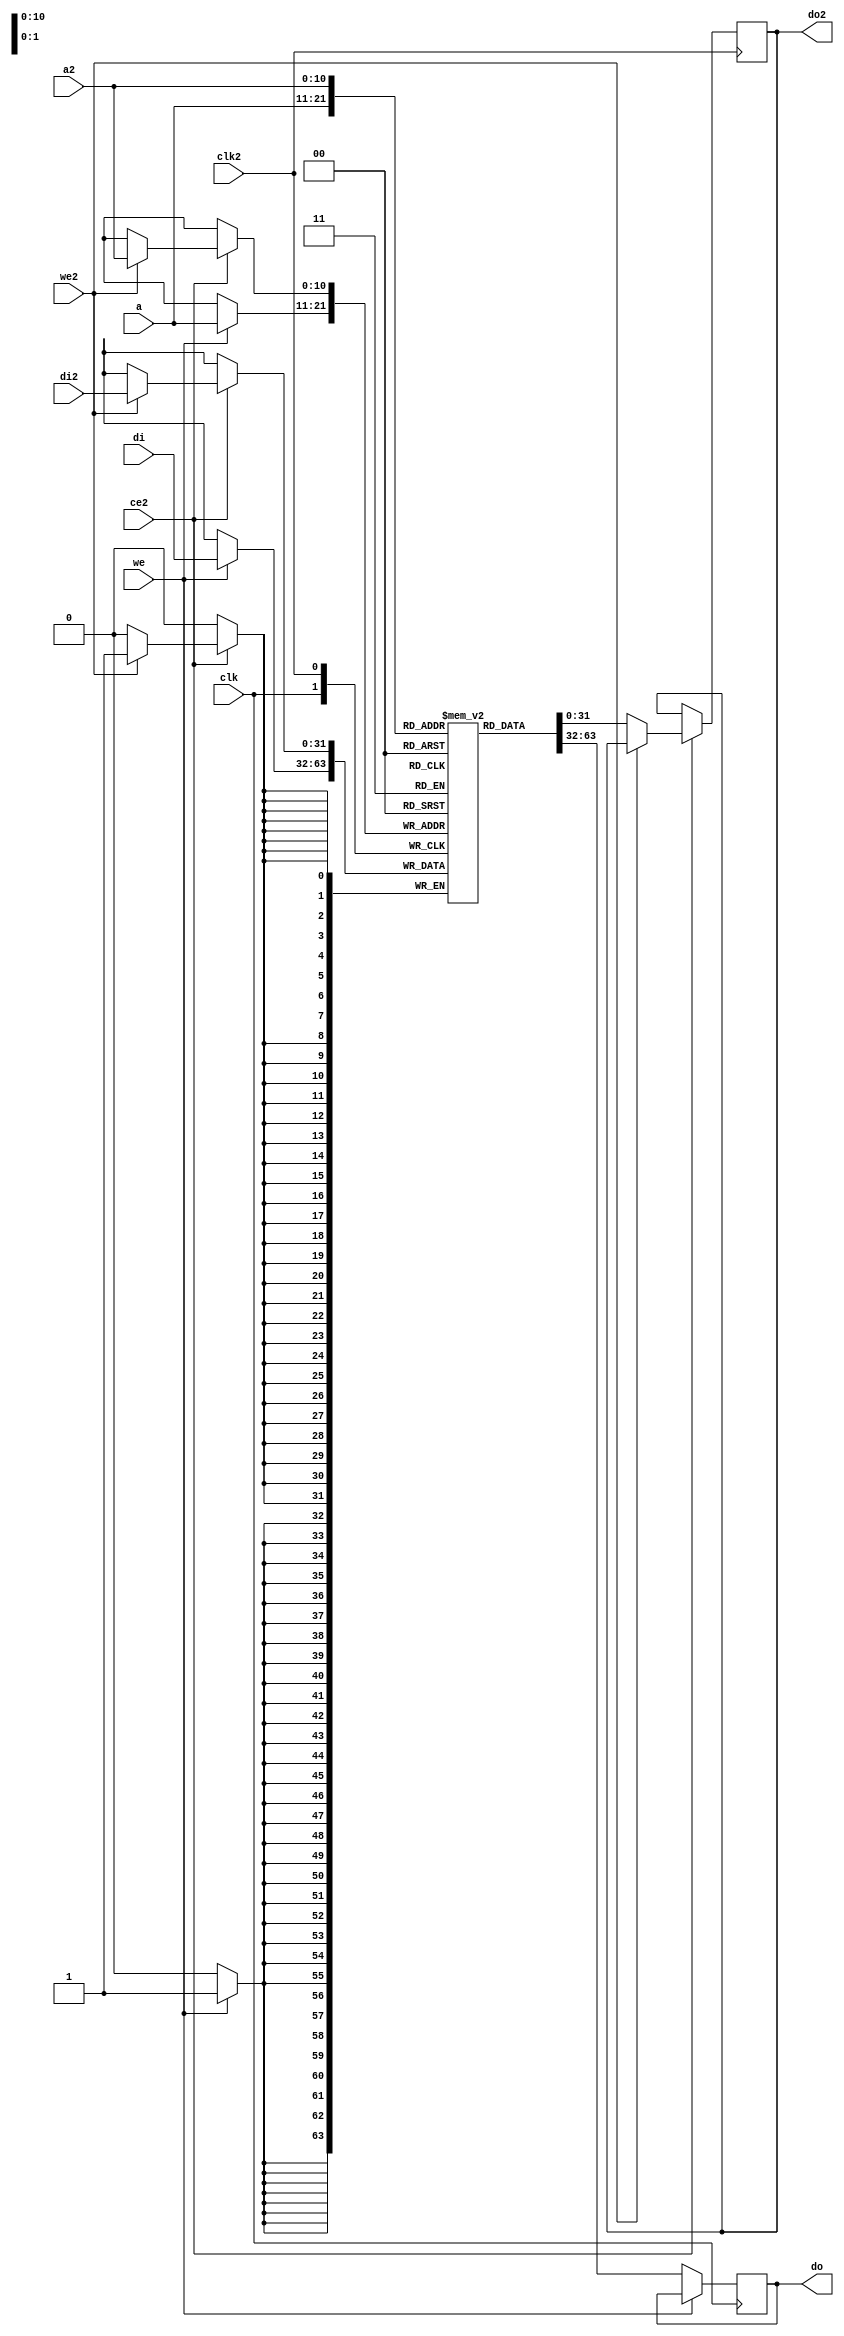
/*
 * Milkymist VJ SoC
 * Copyright (C) 2007, 2008, 2009, 2010 Sebastien Bourdeauducq
 *
 * This program is free software: you can redistribute it and/or modify
 * it under the terms of the GNU General Public License as published by
 * the Free Software Foundation, version 3 of the License.
 *
 * This program is distributed in the hope that it will be useful,
 * but WITHOUT ANY WARRANTY; without even the implied warranty of
 * MERCHANTABILITY or FITNESS FOR A PARTICULAR PURPOSE.  See the
 * GNU General Public License for more details.
 *
 * You should have received a copy of the GNU General Public License
 * along with this program.  If not, see <http://www.gnu.org/licenses/>.
 */

/* Double-port RAM with double write-capable port */

module softusb_dpram #(
	parameter depth = 11, /* < log2 of the capacity in words */
	parameter width = 32,
	parameter initfile = ""
) (
	input clk,
	input clk2,

	input [depth-1:0] a,
	input we,
	input [width-1:0] di,
	output reg [width-1:0] do,

	input ce2,
	input [depth-1:0] a2,
	input we2,
	input [width-1:0] di2,
	output reg [width-1:0] do2
);

reg [width-1:0] ram[0:(1 << depth)-1];

// synthesis translate_off
initial if(initfile != "") $readmemh(initfile, ram);
// synthesis translate_on

always @(posedge clk) begin
	if(we)
		ram[a] <= di;
	else
		do <= ram[a];
end

always @(posedge clk2) begin
	if(ce2) begin
		if(we2)
			ram[a2] <= di2;
		else
			do2 <= ram[a2];
	end
end

endmodule
/*
 * Milkymist VJ SoC
 * Copyright (C) 2007, 2008, 2009, 2010 Sebastien Bourdeauducq
 *
 * This program is free software: you can redistribute it and/or modify
 * it under the terms of the GNU General Public License as published by
 * the Free Software Foundation, version 3 of the License.
 *
 * This program is distributed in the hope that it will be useful,
 * but WITHOUT ANY WARRANTY; without even the implied warranty of
 * MERCHANTABILITY or FITNESS FOR A PARTICULAR PURPOSE.  See the
 * GNU General Public License for more details.
 *
 * You should have received a copy of the GNU General Public License
 * along with this program.  If not, see <http://www.gnu.org/licenses/>.
 */

module softusb_filter(
	input usb_clk,

	input rcv,
	input vp,
	input vm,

	output reg rcv_s,
	output reg vp_s,
	output reg vm_s
);

reg rcv_s0;
reg vp_s0;
reg vm_s0;
reg rcv_s1;
reg vp_s1;
reg vm_s1;

/* synchronizer */
always @(posedge usb_clk) begin
	rcv_s0 <= rcv;
	vp_s0 <= vp;
	vm_s0 <= vm;
	rcv_s <= rcv_s0;
	vp_s <= vp_s0;
	vm_s <= vm_s0;
end

/* glitch filter */
/*reg rcv_s2;
reg vp_s2;
reg vm_s2;
always @(posedge usb_clk) begin
	rcv_s2 <= rcv_s1;
	vp_s2 <= vp_s1;
	vm_s2 <= vm_s1;

	if(rcv_s2 == rcv_s1)
		rcv_s <= rcv_s2;
	if(vp_s2 == vp_s1)
		vp_s <= vp_s2;
	if(vm_s2 == vm_s1)
		vm_s <= vm_s2;
end*/

endmodule
/*
 * Milkymist VJ SoC
 * Copyright (C) 2007, 2008, 2009, 2010 Sebastien Bourdeauducq
 *
 * This program is free software: you can redistribute it and/or modify
 * it under the terms of the GNU General Public License as published by
 * the Free Software Foundation, version 3 of the License.
 *
 * This program is distributed in the hope that it will be useful,
 * but WITHOUT ANY WARRANTY; without even the implied warranty of
 * MERCHANTABILITY or FITNESS FOR A PARTICULAR PURPOSE.  See the
 * GNU General Public License for more details.
 *
 * You should have received a copy of the GNU General Public License
 * along with this program.  If not, see <http://www.gnu.org/licenses/>.
 */

module softusb_hostif #(
	parameter csr_addr = 4'h0
) (
	input sys_clk,
	input sys_rst,

	input usb_clk,
	output reg usb_rst,

	input [13:0] csr_a,
	input csr_we,
	input [31:0] csr_di,
	output reg [31:0] csr_do,

	output irq,

	input io_we,
	input [5:0] io_a
);

wire csr_selected = csr_a[13:10] == csr_addr;

reg usb_rst0;

always @(posedge sys_clk) begin
	if(sys_rst) begin
		usb_rst0 <= 1'b1;
		csr_do <= 1'b0;
	end else begin
		csr_do <= 1'b0;
		if(csr_selected) begin
			if(csr_we)
				usb_rst0 <= csr_di[0];
			csr_do <= usb_rst0;
		end
	end
end

/* Synchronize USB Reset to the USB clock domain */
reg usb_rst1;

always @(posedge usb_clk) begin
	usb_rst1 <= usb_rst0;
	usb_rst <= usb_rst1;
end

/* Generate IRQs */

reg irq_flip;
always @(posedge usb_clk) begin
	if(usb_rst)
		irq_flip <= 1'b0;
	else if(io_we && (io_a == 6'h15))
		irq_flip <= ~irq_flip;
end

reg irq_flip0;
reg irq_flip1;
reg irq_flip2;

always @(posedge sys_clk) begin
	irq_flip0 <= irq_flip;
	irq_flip1 <= irq_flip0;
	irq_flip2 <= irq_flip1;
end

assign irq = irq_flip1 != irq_flip2;

endmodule

/*
 * Milkymist VJ SoC
 * Copyright (C) 2007, 2008, 2009, 2010 Sebastien Bourdeauducq
 *
 * This program is free software: you can redistribute it and/or modify
 * it under the terms of the GNU General Public License as published by
 * the Free Software Foundation, version 3 of the License.
 *
 * This program is distributed in the hope that it will be useful,
 * but WITHOUT ANY WARRANTY; without even the implied warranty of
 * MERCHANTABILITY or FITNESS FOR A PARTICULAR PURPOSE.  See the
 * GNU General Public License for more details.
 *
 * You should have received a copy of the GNU General Public License
 * along with this program.  If not, see <http://www.gnu.org/licenses/>.
 */

module softusb_navre #(
	parameter pmem_width = 11, /* < in 16-bit instructions */
	parameter dmem_width = 13  /* < in bytes */
) (
	input clk,
	input rst,

	output reg pmem_ce,
	output [pmem_width-1:0] pmem_a,
	input [15:0] pmem_d,

	output reg dmem_we,
	output reg [dmem_width-1:0] dmem_a,
	input [7:0] dmem_di,
	output reg [7:0] dmem_do,

	output reg io_re,
	output reg io_we,
	output [5:0] io_a,
	output [7:0] io_do,
	input [7:0] io_di
);

/* Register file */
reg [pmem_width-1:0] PC;
reg [7:0] GPR[0:23];
reg [15:0] U;	/* < R24-R25 */
reg [15:0] pX;	/* < R26-R27 */
reg [15:0] pY;	/* < R28-R29 */
reg [15:0] pZ;	/* < R30-R31 */
reg T, H, S, V, N, Z, C;

/* Stack */
reg [7:0] io_sp;
reg [15:0] SP;
reg push;
reg pop;
always @(posedge clk) begin
	if(rst) begin
		io_sp <= 8'd0;
`ifndef REGRESS
		SP <= 16'd0;
`endif
	end else begin
		io_sp <= io_a[0] ? SP[7:0] : SP[15:8];
		if((io_a == 6'b111101) | (io_a == 6'b111110)) begin
			if(io_we) begin
				if(io_a[0])
					SP[7:0] <= io_do;
				else
					SP[15:8] <= io_do;
			end
		end
		if(push)
			SP <= SP - 16'd1;
		if(pop)
			SP <= SP + 16'd1;
	end
end

/* I/O mapped registers */

parameter IO_SEL_EXT	= 2'd0;
parameter IO_SEL_STACK	= 2'd1;
parameter IO_SEL_SREG	= 2'd2;

reg [1:0] io_sel;
always @(posedge clk) begin
	if(rst)
		io_sel <= IO_SEL_EXT;
	else begin
		case(io_a)
			6'b111101,
			6'b111110: io_sel <= IO_SEL_STACK;
			6'b111111: io_sel <= IO_SEL_SREG;
			default: io_sel <= IO_SEL_EXT;
		endcase
	end
end

/* Register operations */
wire immediate = (pmem_d[14]
	| (pmem_d[15:12] == 4'b0011))		/* CPI */
	& (pmem_d[15:10] != 6'b111111)		/* SBRC - SBRS */
	& (pmem_d[15:10] != 6'b111110);		/* BST - BLD */
reg lpm_en;
wire [4:0] Rd = lpm_en ? 5'd0 : {immediate | pmem_d[8], pmem_d[7:4]};
wire [4:0] Rr = {pmem_d[9], pmem_d[3:0]};
wire [7:0] K = {pmem_d[11:8], pmem_d[3:0]};
wire [2:0] b = pmem_d[2:0];
wire [11:0] Kl = pmem_d[11:0];
wire [6:0] Ks = pmem_d[9:3];
wire [1:0] Rd16 = pmem_d[5:4];
wire [5:0] K16 = {pmem_d[7:6], pmem_d[3:0]};
wire [5:0] q = {pmem_d[13], pmem_d[11:10], pmem_d[2:0]};

wire [7:0] GPR_Rd8 = GPR[Rd];
wire [7:0] GPR_Rr8 = GPR[Rr];
reg [7:0] GPR_Rd;
always @(*) begin
	case(Rd)
		default: GPR_Rd = GPR_Rd8;
		5'd24: GPR_Rd = U[7:0];
		5'd25: GPR_Rd = U[15:8];
		5'd26: GPR_Rd = pX[7:0];
		5'd27: GPR_Rd = pX[15:8];
		5'd28: GPR_Rd = pY[7:0];
		5'd29: GPR_Rd = pY[15:8];
		5'd30: GPR_Rd = pZ[7:0];
		5'd31: GPR_Rd = pZ[15:8];
	endcase
end
reg [7:0] GPR_Rr;
always @(*) begin
	case(Rr)
		default: GPR_Rr = GPR_Rr8;
		5'd24: GPR_Rr = U[7:0];
		5'd25: GPR_Rr = U[15:8];
		5'd26: GPR_Rr = pX[7:0];
		5'd27: GPR_Rr = pX[15:8];
		5'd28: GPR_Rr = pY[7:0];
		5'd29: GPR_Rr = pY[15:8];
		5'd30: GPR_Rr = pZ[7:0];
		5'd31: GPR_Rr = pZ[15:8];
	endcase
end
wire GPR_Rd_b = GPR_Rd[b];

reg [15:0] GPR_Rd16;
always @(*) begin
	case(Rd16)
		2'd0: GPR_Rd16 = U;
		2'd1: GPR_Rd16 = pX;
		2'd2: GPR_Rd16 = pY;
		2'd3: GPR_Rd16 = pZ;
	endcase
end

/* Memorize values to support 16-bit instructions */
reg regmem_ce;

reg [4:0] Rd_r;
reg [7:0] GPR_Rd_r;
always @(posedge clk) begin
	if(regmem_ce)
		Rd_r <= Rd; /* < control with regmem_ce */
	GPR_Rd_r <= GPR_Rd; /* < always loaded */
end

/* PC */

reg [3:0] pc_sel;

parameter PC_SEL_NOP		= 4'd0;
parameter PC_SEL_INC		= 4'd1;
parameter PC_SEL_KL		= 4'd2;
parameter PC_SEL_KS		= 4'd3;
parameter PC_SEL_DMEML		= 4'd4;
parameter PC_SEL_DMEMH		= 4'd6;
parameter PC_SEL_DEC		= 4'd7;
parameter PC_SEL_Z		= 4'd8;

always @(posedge clk) begin
	if(rst) begin
`ifndef REGRESS
		PC <= 0;
`endif
	end else begin
		case(pc_sel)
			PC_SEL_NOP:;
			PC_SEL_INC: PC <= PC + 1;
			// !!! WARNING !!! replace with PC <= PC + {{pmem_width-12{Kl[11]}}, Kl}; if pmem_width>12
			PC_SEL_KL: PC <= PC + Kl;
			PC_SEL_KS: PC <= PC + {{pmem_width-7{Ks[6]}}, Ks};
			PC_SEL_DMEML: PC[7:0] <= dmem_di;
			PC_SEL_DMEMH: PC[pmem_width-1:8] <= dmem_di;
			PC_SEL_DEC: PC <= PC - 1;
			PC_SEL_Z: PC <= pZ - 1;
		endcase
	end
end
reg pmem_selz;
assign pmem_a = rst ?
`ifdef REGRESS
	PC
`else
	0
`endif
	: (pmem_selz ? pZ[15:1] : PC + 1);

/* Load/store operations */
reg [3:0] dmem_sel;

parameter DMEM_SEL_UNDEFINED	= 3'bxxx;
parameter DMEM_SEL_X		= 4'd0;
parameter DMEM_SEL_XPLUS	= 4'd1;
parameter DMEM_SEL_XMINUS	= 4'd2;
parameter DMEM_SEL_YPLUS	= 4'd3;
parameter DMEM_SEL_YMINUS	= 4'd4;
parameter DMEM_SEL_YQ		= 4'd5;
parameter DMEM_SEL_ZPLUS	= 4'd6;
parameter DMEM_SEL_ZMINUS	= 4'd7;
parameter DMEM_SEL_ZQ		= 4'd8;
parameter DMEM_SEL_SP_R		= 4'd9;
parameter DMEM_SEL_SP_PCL	= 4'd10;
parameter DMEM_SEL_SP_PCH	= 4'd11;
parameter DMEM_SEL_PMEM		= 4'd12;

/* ALU */

reg normal_en;
reg lds_writeback;

wire [4:0] write_dest = lds_writeback ? Rd_r : Rd;

// synthesis translate_off
integer i_rst_regf;
// synthesis translate_on
reg [7:0] R;
reg writeback;
reg update_nsz;
reg change_z;
reg [15:0] R16;
reg mode16;
always @(posedge clk) begin
	R = 8'hxx;
	writeback = 1'b0;
	update_nsz = 1'b0;
	change_z = 1'b1;
	R16 = 16'hxxxx;
	mode16 = 1'b0;
	if(rst) begin
`ifndef REGRESS
		/*
		 * Not resetting the register file enables the use of more efficient
		 * distributed block RAM.
		 */
		// synthesis translate_off
		for(i_rst_regf=0;i_rst_regf<24;i_rst_regf=i_rst_regf+1)
			GPR[i_rst_regf] = 8'd0;
		U = 16'd0;
		pX = 16'd0;
		pY = 16'd0;
		pZ = 16'd0;
		// synthesis translate_on
		T = 1'b0;
		H = 1'b0;
		S = 1'b0;
		V = 1'b0;
		N = 1'b0;
		Z = 1'b0;
		C = 1'b0;
`endif
	end else begin
		if(normal_en) begin
			writeback = 1'b1;
			update_nsz = 1'b1;
			casex(pmem_d)
				16'b000x_11xx_xxxx_xxxx: begin
					/* ADD - ADC */
					{C, R} = GPR_Rd + GPR_Rr + (pmem_d[12] & C);
					H = (GPR_Rd[3] & GPR_Rr[3])|(GPR_Rr[3] & ~R[3])|(~R[3] & GPR_Rd[3]);
					V = (GPR_Rd[7] & GPR_Rr[7] & ~R[7])|(~GPR_Rd[7] & ~GPR_Rr[7] & R[7]);
				end
				16'b000x_10xx_xxxx_xxxx, /* subtract */
				16'b000x_01xx_xxxx_xxxx: /* compare  */ begin
					/* SUB - SBC / CP - CPC */
					{C, R} = GPR_Rd - GPR_Rr - (~pmem_d[12] & C);
					H = (~GPR_Rd[3] & GPR_Rr[3])|(GPR_Rr[3] & R[3])|(R[3] & ~GPR_Rd[3]);
					V = (GPR_Rd[7] & ~GPR_Rr[7] & ~R[7])|(~GPR_Rd[7] & GPR_Rr[7] & R[7]);
					if(~pmem_d[12])
						change_z = 1'b0;
					writeback = pmem_d[11];
				end
				16'b010x_xxxx_xxxx_xxxx, /* subtract */
				16'b0011_xxxx_xxxx_xxxx: /* compare  */ begin
					/* SUBI - SBCI / CPI */
					{C, R} = GPR_Rd - K - (~pmem_d[12] & C);
					H = (~GPR_Rd[3] & K[3])|(K[3] & R[3])|(R[3] & ~GPR_Rd[3]);
					V = (GPR_Rd[7] & ~K[7] & ~R[7])|(~GPR_Rd[7] & K[7] & R[7]);
					if(~pmem_d[12])
						change_z = 1'b0;
					writeback = pmem_d[14];
				end
				16'b0010_00xx_xxxx_xxxx: begin
					/* AND */
					R = GPR_Rd & GPR_Rr;
					V = 1'b0;
				end
				16'b0111_xxxx_xxxx_xxxx: begin
					/* ANDI */
					R = GPR_Rd & K;
					V = 1'b0;
				end
				16'b0010_10xx_xxxx_xxxx: begin
					/* OR */
					R = GPR_Rd | GPR_Rr;
					V = 1'b0;
				end
				16'b0110_xxxx_xxxx_xxxx: begin
					/* ORI */
					R = GPR_Rd | K;
					V = 1'b0;
				end
				16'b0010_01xx_xxxx_xxxx: begin
					/* EOR */
					R = GPR_Rd ^ GPR_Rr;
					V = 1'b0;
				end
				16'b1001_010x_xxxx_0000: begin
					/* COM */
					R = ~GPR_Rd;
					V = 1'b0;
					C = 1'b1;
				end
				16'b1001_010x_xxxx_0001: begin
					/* NEG */
					{C, R} = 8'h00 - GPR_Rd;
					H = R[3] | GPR_Rd[3];
					V = R == 8'h80;
				end
				16'b1001_010x_xxxx_0011: begin
					/* INC */
					R = GPR_Rd + 8'd1;
					V = R == 8'h80;
				end
				16'b1001_010x_xxxx_1010: begin
					/* DEC */
					R = GPR_Rd - 8'd1;
					V = R == 8'h7f;
				end
				16'b1001_010x_xxxx_011x: begin
					/* LSR - ROR */
					R = {pmem_d[0] & C, GPR_Rd[7:1]};
					C = GPR_Rd[0];
					V = R[7] ^ GPR_Rd[0];
				end
				16'b1001_010x_xxxx_0101: begin
					/* ASR */
					R = {GPR_Rd[7], GPR_Rd[7:1]};
					C = GPR_Rd[0];
					V = R[7] ^ GPR_Rd[0];
				end
				16'b1001_010x_xxxx_0010: begin
					/* SWAP */
					R = {GPR_Rd[3:0], GPR_Rd[7:4]};
					update_nsz = 1'b0;
				end
				16'b1001_010x_xxxx_1000: begin
					/* BSET - BCLR */
					case(pmem_d[7:4])
						4'b0000: C = 1'b1;
						4'b0001: Z = 1'b1;
						4'b0010: N = 1'b1;
						4'b0011: V = 1'b1;
						4'b0100: S = 1'b1;
						4'b0101: H = 1'b1;
						4'b0110: T = 1'b1;
						4'b1000: C = 1'b0;
						4'b1001: Z = 1'b0;
						4'b1010: N = 1'b0;
						4'b1011: V = 1'b0;
						4'b1100: S = 1'b0;
						4'b1101: H = 1'b0;
						4'b1110: T = 1'b0;
					endcase
					update_nsz = 1'b0;
					writeback = 1'b0;
				end
				16'b1001_011x_xxxx_xxxx: begin
					mode16 = 1'b1;
					if(pmem_d[8]) begin
						/* SBIW */
						{C, R16} = GPR_Rd16 - K16;
						V = GPR_Rd16[15] & ~R16[15];
					end else begin
						/* ADIW */
						{C, R16} = GPR_Rd16 + K16;
						V = ~GPR_Rd16[15] & R16[15];
					end
				end
				/* SBR and CBR are replaced with ORI and ANDI */
				/* TST is replaced with AND */
				/* CLR and SER are replaced with EOR and LDI */
				16'b0010_11xx_xxxx_xxxx: begin
					/* MOV */
					R = GPR_Rr;
					update_nsz = 1'b0;
				end
				16'b1110_xxxx_xxxx_xxxx: begin
					/* LDI */
					R = K;
					update_nsz = 1'b0;
				end
				/* LSL is replaced with ADD */
				/* ROL is replaced with ADC */
				16'b1111_10xx_xxxx_0xxx: begin
					if(pmem_d[9]) begin
						/* BST */
						T = GPR_Rd_b;
						writeback = 1'b0;
					end else begin
						/* BLD */
						case(b)
							3'd0: R = {GPR_Rd[7:1], T};
							3'd1: R = {GPR_Rd[7:2], T, GPR_Rd[0]};
							3'd2: R = {GPR_Rd[7:3], T, GPR_Rd[1:0]};
							3'd3: R = {GPR_Rd[7:4], T, GPR_Rd[2:0]};
							3'd4: R = {GPR_Rd[7:5], T, GPR_Rd[3:0]};
							3'd5: R = {GPR_Rd[7:6], T, GPR_Rd[4:0]};
							3'd6: R = {GPR_Rd[7], T, GPR_Rd[5:0]};
							3'd7: R = {T, GPR_Rd[6:0]};
						endcase
					end
					update_nsz = 1'b0;
				end
				/* SEC, CLC, SEN, CLN, SEZ, CLZ, SEI, CLI, SES, CLS, SEV, CLV, SET, CLT, SEH, CLH
				 * are replaced with BSET and BCLR */
				16'b0000_0000_0000_0000: begin
					/* NOP */
					update_nsz = 1'b0;
					writeback = 1'b0;
				end
				/* SLEEP is not implemented */
				/* WDR is not implemented */
				16'b1001_00xx_xxxx_1111, /* PUSH/POP */
				16'b1001_00xx_xxxx_1100, /*  X   */
				16'b1001_00xx_xxxx_1101, /*  X+  */
				16'b1001_00xx_xxxx_1110, /* -X   */
				16'b1001_00xx_xxxx_1001, /*  Y+  */
				16'b1001_00xx_xxxx_1010, /* -Y   */
				16'b10x0_xxxx_xxxx_1xxx, /*  Y+q */
				16'b1001_00xx_xxxx_0001, /*  Z+  */
				16'b1001_00xx_xxxx_0010, /* -Z   */
				16'b10x0_xxxx_xxxx_0xxx: /*  Z+q */
				begin
					/* LD - POP (run from state WRITEBACK) */
					R = dmem_di;
					update_nsz = 1'b0;
				end
				16'b1011_0xxx_xxxx_xxxx: begin
					/* IN (run from state WRITEBACK) */
					case(io_sel)
						IO_SEL_EXT: R = io_di;
						IO_SEL_STACK: R = io_sp;
						IO_SEL_SREG: R = {1'b0, T, H, S, V, N, Z, C};
						default: R = 8'hxx;
					endcase
					update_nsz = 1'b0;
				end
			endcase
		end /* if(normal_en) */
		if(lds_writeback) begin
			R = dmem_di;
			writeback = 1'b1;
		end
		if(lpm_en) begin
			R = pZ[0] ? pmem_d[15:8] : pmem_d[7:0];
			writeback = 1'b1;
		end
		if(update_nsz) begin
			N = mode16 ? R16[15] : R[7];
			S = N ^ V;
			Z = mode16 ? R16 == 16'h0000 : ((R == 8'h00) & (change_z|Z));
		end
		if(io_we & (io_a == 6'b111111))
			{T, H, S, V, N, Z, C} = io_do[6:0];
		if(writeback) begin
			if(mode16) begin
				// synthesis translate_off
				//$display("REG WRITE(16): %d < %d", Rd16, R16);
				// synthesis translate_on
				case(Rd16)
					2'd0: U = R16;
					2'd1: pX = R16;
					2'd2: pY = R16;
					2'd3: pZ = R16;
				endcase
			end else begin
				// synthesis translate_off
				//$display("REG WRITE: %d < %d", Rd, R);
				// synthesis translate_on
				case(write_dest)
					default: GPR[write_dest] = R;
					5'd24: U[7:0] = R;
					5'd25: U[15:8] = R;
					5'd26: pX[7:0] = R;
					5'd27: pX[15:8] = R;
					5'd28: pY[7:0] = R;
					5'd29: pY[15:8] = R;
					5'd30: pZ[7:0] = R;
					5'd31: pZ[15:8] = R;
				endcase
			end
		end else begin /* if(writeback) */
			case(dmem_sel)
				DMEM_SEL_XPLUS:		pX = pX + 16'd1;
				DMEM_SEL_XMINUS:	pX = pX - 16'd1;
				DMEM_SEL_YPLUS:		pY = pY + 16'd1;
				DMEM_SEL_YMINUS:	pY = pY - 16'd1;
				DMEM_SEL_ZPLUS:		pZ = pZ + 16'd1;
				DMEM_SEL_ZMINUS:	pZ = pZ - 16'd1;
				default:;
			endcase
		end
	end /* if(rst) ... else */
end

/* I/O port */
assign io_a = {pmem_d[10:9], pmem_d[3:0]};
assign io_do = GPR_Rd;

/* Data memory */
always @(*) begin
	case(dmem_sel)
		DMEM_SEL_X,
		DMEM_SEL_XPLUS:		dmem_a = pX;
		DMEM_SEL_XMINUS:	dmem_a = pX - 16'd1;
		DMEM_SEL_YPLUS:		dmem_a = pY;
		DMEM_SEL_YMINUS:	dmem_a = pY - 16'd1;
		DMEM_SEL_YQ:		dmem_a = pY + q;
		DMEM_SEL_ZPLUS:		dmem_a = pZ;
		DMEM_SEL_ZMINUS:	dmem_a = pZ - 16'd1;
		DMEM_SEL_ZQ:		dmem_a = pZ + q;
		DMEM_SEL_SP_R,
		DMEM_SEL_SP_PCL,
		DMEM_SEL_SP_PCH:	dmem_a = SP + pop;
		DMEM_SEL_PMEM:		dmem_a = pmem_d;
		default:		dmem_a = {dmem_width{1'bx}};
	endcase
end

wire [pmem_width-1:0] PC_inc = PC + 1;
always @(*) begin
	case(dmem_sel)
		DMEM_SEL_X,
		DMEM_SEL_XPLUS,
		DMEM_SEL_XMINUS,
		DMEM_SEL_YPLUS,
		DMEM_SEL_YMINUS,
		DMEM_SEL_YQ,
		DMEM_SEL_ZPLUS,
		DMEM_SEL_ZMINUS,
		DMEM_SEL_ZQ,
		DMEM_SEL_SP_R:		dmem_do = GPR_Rd;
		DMEM_SEL_SP_PCL:	dmem_do = PC_inc[7:0];
		DMEM_SEL_SP_PCH:	dmem_do = PC_inc[pmem_width-1:8];
		DMEM_SEL_PMEM:		dmem_do = GPR_Rd_r;
		default:		dmem_do = 8'hxx;
	endcase
end

/* Multi-cycle operation sequencer */

wire reg_equal = GPR_Rd == GPR_Rr;

reg sreg_read;
always @(*) begin
	case(b)
		3'd0: sreg_read = C;
		3'd1: sreg_read = Z;
		3'd2: sreg_read = N;
		3'd3: sreg_read = V;
		3'd4: sreg_read = S;
		3'd5: sreg_read = H;
		3'd6: sreg_read = T;
		3'd7: sreg_read = 1'b0;
	endcase
end

reg [3:0] state;
reg [3:0] next_state;

parameter NORMAL	= 4'd0;
parameter RCALL		= 4'd1;
parameter ICALL		= 4'd2;
parameter STALL		= 4'd3;
parameter RET1		= 4'd4;
parameter RET2		= 4'd5;
parameter RET3		= 4'd6;
parameter LPM		= 4'd7;
parameter STS		= 4'd8;
parameter LDS1		= 4'd9;
parameter LDS2		= 4'd10;
parameter SKIP		= 4'd11;
parameter WRITEBACK	= 4'd12;

always @(posedge clk) begin
	if(rst)
		state <= NORMAL;
	else
		state <= next_state;
end

always @(*) begin
	next_state = state;

	pmem_ce = rst;

	pc_sel = PC_SEL_NOP;
	normal_en = 1'b0;
	lpm_en = 1'b0;

	io_re = 1'b0;
	io_we = 1'b0;

	dmem_we = 1'b0;
	dmem_sel = DMEM_SEL_UNDEFINED;

	push = 1'b0;
	pop = 1'b0;

	pmem_selz = 1'b0;

	regmem_ce = 1'b1;
	lds_writeback = 1'b0;
	
	case(state)
		NORMAL: begin
			casex(pmem_d)
				16'b1100_xxxx_xxxx_xxxx: begin
					/* RJMP */
					pc_sel = PC_SEL_KL;
					next_state = STALL;
				end
				16'b1101_xxxx_xxxx_xxxx: begin
					/* RCALL */
					/* TODO: in which order should we push the bytes? */
					dmem_sel = DMEM_SEL_SP_PCL;
					dmem_we = 1'b1;
					push = 1'b1;
					next_state = RCALL;
				end
				16'b0001_00xx_xxxx_xxxx: begin
					/* CPSE */
					pc_sel = PC_SEL_INC;
					pmem_ce = 1'b1;
					if(reg_equal)
						next_state = SKIP;
				end
				16'b1111_11xx_xxxx_0xxx: begin
					/* SBRC - SBRS */
					pc_sel = PC_SEL_INC;
					pmem_ce = 1'b1;
					if(GPR_Rd_b == pmem_d[9])
						next_state = SKIP;
				end
				/* SBIC, SBIS, SBI, CBI are not implemented */
				16'b1111_0xxx_xxxx_xxxx: begin
					/* BRBS - BRBC */
					pmem_ce = 1'b1;
					if(sreg_read ^ pmem_d[10]) begin
						pc_sel = PC_SEL_KS;
						next_state = STALL;
					end else
						pc_sel = PC_SEL_INC;
				end
				/* BREQ, BRNE, BRCS, BRCC, BRSH, BRLO, BRMI, BRPL, BRGE, BRLT,
				 * BRHS, BRHC, BRTS, BRTC, BRVS, BRVC, BRIE, BRID are replaced
				 * with BRBS/BRBC */
				16'b1001_00xx_xxxx_1100, /*  X   */
				16'b1001_00xx_xxxx_1101, /*  X+  */
				16'b1001_00xx_xxxx_1110, /* -X   */
				16'b1001_00xx_xxxx_1001, /*  Y+  */
				16'b1001_00xx_xxxx_1010, /* -Y   */
				16'b10x0_xxxx_xxxx_1xxx, /*  Y+q */
				16'b1001_00xx_xxxx_0001, /*  Z+  */
				16'b1001_00xx_xxxx_0010, /* -Z   */
				16'b10x0_xxxx_xxxx_0xxx: /*  Z+q */
				begin
					casex({pmem_d[12], pmem_d[3:0]})
						5'b1_1100: dmem_sel = DMEM_SEL_X;
						5'b1_1101: dmem_sel = DMEM_SEL_XPLUS;
						5'b1_1110: dmem_sel = DMEM_SEL_XMINUS;
						5'b1_1001: dmem_sel = DMEM_SEL_YPLUS;
						5'b1_1010: dmem_sel = DMEM_SEL_YMINUS;
						5'b0_1xxx: dmem_sel = DMEM_SEL_YQ;
						5'b1_0001: dmem_sel = DMEM_SEL_ZPLUS;
						5'b1_0010: dmem_sel = DMEM_SEL_ZMINUS;
						5'b0_0xxx: dmem_sel = DMEM_SEL_ZQ;
					endcase
					if(pmem_d[9]) begin
						/* ST */
						pc_sel = PC_SEL_INC;
						pmem_ce = 1'b1;
						dmem_we = 1'b1;
					end else begin
						/* LD */
						next_state = WRITEBACK;
					end
				end
				16'b1011_0xxx_xxxx_xxxx: begin
					/* IN */
					io_re = 1'b1;
					next_state = WRITEBACK;
				end
				16'b1011_1xxx_xxxx_xxxx: begin
					/* OUT */
					io_we = 1'b1;
					pc_sel = PC_SEL_INC;
					pmem_ce = 1'b1;
				end
				16'b1001_00xx_xxxx_xxxx: begin
					if(pmem_d[3:0] == 4'hf) begin
						if(pmem_d[9]) begin
							/* PUSH */
							push = 1'b1;
							dmem_sel = DMEM_SEL_SP_R;
							dmem_we = 1'b1;
							pc_sel = PC_SEL_INC;
							pmem_ce = 1'b1;
						end else begin
							/* POP */
							pop = 1'b1;
							dmem_sel = DMEM_SEL_SP_R;
							next_state = WRITEBACK;
						end
					end else if(pmem_d[3:0] == 4'h0) begin
						pc_sel = PC_SEL_INC;
						pmem_ce = 1'b1;
						if(pmem_d[9])
							/* STS */
							next_state = STS;
						else
							/* LDS */
							next_state = LDS1;
					end
				end
				16'b1001_0101_000x_1000: begin
					/* RET - RETI (treated as RET) */
					/* TODO: in which order should we pop the bytes? */
					dmem_sel = DMEM_SEL_SP_PCH;
					pop = 1'b1;
					next_state = RET1;
				end
				16'b1001_0101_1100_1000: begin
					/* LPM */
					pmem_selz = 1'b1;
					pmem_ce = 1'b1;
					next_state = LPM;
				end
				16'b1001_0100_0000_1001: begin
					/* IJMP */
					pc_sel = PC_SEL_Z;
					next_state = STALL;
				end
				16'b1001_0101_0000_1001: begin
					/* ICALL */
					/* TODO: in which order should we push the bytes? */
					dmem_sel = DMEM_SEL_SP_PCL;
					dmem_we = 1'b1;
					push = 1'b1;
					next_state = ICALL;
				end
				default: begin
					pc_sel = PC_SEL_INC;
					normal_en = 1'b1;
					pmem_ce = 1'b1;
				end
			endcase
		end
		RCALL: begin
			dmem_sel = DMEM_SEL_SP_PCH;
			dmem_we = 1'b1;
			push = 1'b1;
			pc_sel = PC_SEL_KL;
			next_state = STALL;
		end
		ICALL: begin
			dmem_sel = DMEM_SEL_SP_PCH;
			dmem_we = 1'b1;
			push = 1'b1;
			pc_sel = PC_SEL_Z;
			next_state = STALL;
		end
		RET1: begin
			pc_sel = PC_SEL_DMEMH;
			dmem_sel = DMEM_SEL_SP_PCL;
			pop = 1'b1;
			next_state = RET2;
		end
		RET2: begin
			pc_sel = PC_SEL_DMEML;
			next_state = RET3;
		end
		RET3: begin
			pc_sel = PC_SEL_DEC;
			next_state = STALL;
		end
		LPM: begin
			lpm_en = 1'b1;
			pc_sel = PC_SEL_INC;
			pmem_ce = 1'b1;
			next_state = NORMAL;
		end
		STS: begin
			pc_sel = PC_SEL_INC;
			pmem_ce = 1'b1;
			dmem_sel = DMEM_SEL_PMEM;
			dmem_we = 1'b1;
			next_state = NORMAL;
		end
		LDS1: begin
			dmem_sel = DMEM_SEL_PMEM;
			regmem_ce = 1'b0;
			next_state = LDS2;
		end
		LDS2: begin
			pc_sel = PC_SEL_INC;
			pmem_ce = 1'b1;
			lds_writeback = 1'b1;
			next_state = NORMAL;
		end
		SKIP: begin
			pc_sel = PC_SEL_INC;
			pmem_ce = 1'b1;
			/* test for STS and LDS */
			if((pmem_d[15:10] == 6'b100100) & (pmem_d[3:0] == 4'h0))
				next_state = STALL; /* 2-word instruction, skip the second word as well */
			else
				next_state = NORMAL; /* 1-word instruction */
		end
		STALL: begin
			pc_sel = PC_SEL_INC;
			pmem_ce = 1'b1;
			next_state = NORMAL;
		end
		WRITEBACK: begin
			pmem_ce = 1'b1;
			pc_sel = PC_SEL_INC;
			normal_en = 1'b1;
			next_state = NORMAL;
		end
	endcase
end

`ifdef REGRESS
integer i;
integer cycles;
always @(posedge clk) begin
	if(~rst & (state == NORMAL) & (cycles != 0)) begin
		$display("DUMP REGISTERS");
		for(i=0;i<24;i=i+1)
			$display("%x", GPR[i]);
		$display("%x", U[7:0]);
		$display("%x", U[15:8]);
		$display("%x", pX[7:0]);
		$display("%x", pX[15:8]);
		$display("%x", pY[7:0]);
		$display("%x", pY[15:8]);
		$display("%x", pZ[7:0]);
		$display("%x", pZ[15:8]);
		$display("%x", {1'b0, T, H, S, V, N, Z, C});
		$display("%x", SP[15:8]);
		$display("%x", SP[7:0]);
		$display("%x", PC[14:7]);
		$display("%x", {PC[6:0], 1'b0});
		tb_regress.dump;
		$finish;
	end
	if(rst)
		cycles = 0;
	else
		cycles = cycles + 1;
end

reg [7:0] SPR[0:12];
reg I;
initial begin
	$readmemh("gpr.rom", GPR);
	$readmemh("spr.rom", SPR);
	U = {SPR[1], SPR[0]};
	pX = {SPR[3], SPR[2]};
	pY = {SPR[5], SPR[4]};
	pZ = {SPR[7], SPR[6]};
	{I, T, H, S, V, N, Z, C} = SPR[8];
	SP = {SPR[9], SPR[10]};
	PC = {SPR[11], SPR[12]}/2;
end
`endif

endmodule
/*
 * Milkymist VJ SoC
 * Copyright (C) 2007, 2008, 2009, 2010 Sebastien Bourdeauducq
 *
 * This program is free software: you can redistribute it and/or modify
 * it under the terms of the GNU General Public License as published by
 * the Free Software Foundation, version 3 of the License.
 *
 * This program is distributed in the hope that it will be useful,
 * but WITHOUT ANY WARRANTY; without even the implied warranty of
 * MERCHANTABILITY or FITNESS FOR A PARTICULAR PURPOSE.  See the
 * GNU General Public License for more details.
 *
 * You should have received a copy of the GNU General Public License
 * along with this program.  If not, see <http://www.gnu.org/licenses/>.
 */

module softusb_phy(
	input usb_clk,
	input usb_rst,

	output usba_spd,
	output usba_oe_n,
	input usba_rcv,
	inout usba_vp,
	inout usba_vm,

	output usbb_spd,
	output usbb_oe_n,
	input usbb_rcv,
	inout usbb_vp,
	inout usbb_vm,

	output usba_discon,
	output usbb_discon,

	output [1:0] line_state_a,
	output [1:0] line_state_b,

	input port_sel_rx,
	input [1:0] port_sel_tx,

	input [7:0] tx_data,
	input tx_valid,
	output tx_ready, /* data acknowledgment */
	output tx_busy, /* busy generating EOP, sending data, etc. */

	input [1:0] generate_reset,

	output [7:0] rx_data,
	output rx_valid,
	output rx_active,

	input tx_low_speed,
	input [1:0] low_speed,
	input generate_eop
);

/* RX synchronizer */

wire vp_s_a;
wire vm_s_a;
wire rcv_s_a;
softusb_filter filter_a(
	.usb_clk(usb_clk),

	.rcv(usba_rcv),
	.vp(usba_vp),
	.vm(usba_vm),

	.rcv_s(rcv_s_a),
	.vp_s(vp_s_a),
	.vm_s(vm_s_a)
);
assign line_state_a = {vm_s_a, vp_s_a};

wire vp_s_b;
wire vm_s_b;
wire rcv_s_b;
softusb_filter filter_b(
	.usb_clk(usb_clk),

	.rcv(usbb_rcv),
	.vp(usbb_vp),
	.vm(usbb_vm),

	.rcv_s(rcv_s_b),
	.vp_s(vp_s_b),
	.vm_s(vm_s_b)
);
assign line_state_b = {vm_s_b, vp_s_b};

/* TX section */

wire txp;
wire txm;
wire txoe;

softusb_tx tx(
	.usb_clk(usb_clk),
	.usb_rst(usb_rst),

	.tx_data(tx_data),
	.tx_valid(tx_valid),
	.tx_ready(tx_ready),

	.txp(txp),
	.txm(txm),
	.txoe(txoe),
	.low_speed(tx_low_speed),
	.generate_eop(generate_eop)
);

assign tx_busy = txoe;

/* RX section */

reg txoe0;
reg txoe1;
always @(posedge usb_clk) begin
	txoe0 <= txoe;
	txoe1 <= txoe0;
end

softusb_rx rx(
	.usb_clk(usb_clk),

	.rxreset(txoe1),

	.rx(port_sel_rx ? rcv_s_b : rcv_s_a),
	.rxp(port_sel_rx ? vp_s_b : vp_s_a),
	.rxm(port_sel_rx ? vm_s_b : vm_s_a),

	.rx_data(rx_data),
	.rx_valid(rx_valid),
	.rx_active(rx_active),

	.low_speed(port_sel_rx ? low_speed[1] : low_speed[0])
);

/* Tri-state enables and drivers */

wire txoe_a = (txoe & port_sel_tx[0])|generate_reset[0];
wire txoe_b = (txoe & port_sel_tx[1])|generate_reset[1];

assign usba_oe_n = ~txoe_a;
assign usba_vp = txoe_a ? (generate_reset[0] ? 1'b0 : txp) : 1'bz;
assign usba_vm = txoe_a ? (generate_reset[0] ? 1'b0 : txm) : 1'bz;
assign usbb_oe_n = ~txoe_b;
assign usbb_vp = txoe_b ? (generate_reset[1] ? 1'b0 : txp) : 1'bz;
assign usbb_vm = txoe_b ? (generate_reset[1] ? 1'b0 : txm) : 1'bz;

/* Assert USB disconnect if we see SE0 for at least 2.5us */

reg [6:0] usba_discon_cnt;
assign usba_discon = (usba_discon_cnt == 7'd127);
always @(posedge usb_clk) begin
	if(usb_rst)
		usba_discon_cnt <= 7'd0;
	else begin
		if(line_state_a != 7'd0)
			usba_discon_cnt <= 7'd0;
		else if(~usba_discon)
			usba_discon_cnt <= usba_discon_cnt + 7'd1;
	end
end

reg [6:0] usbb_discon_cnt;
assign usbb_discon = (usbb_discon_cnt == 7'd127);
always @(posedge usb_clk) begin
	if(usb_rst)
		usbb_discon_cnt <= 7'd0;
	else begin
		if(line_state_b != 2'h0)
			usbb_discon_cnt <= 7'd0;
		else if(~usbb_discon)
			usbb_discon_cnt <= usbb_discon_cnt + 7'd1;
	end
end

assign usba_spd = ~low_speed[0];
assign usbb_spd = ~low_speed[1];

endmodule
/*
 * Milkymist VJ SoC
 * Copyright (C) 2007, 2008, 2009, 2010 Sebastien Bourdeauducq
 *
 * This program is free software: you can redistribute it and/or modify
 * it under the terms of the GNU General Public License as published by
 * the Free Software Foundation, version 3 of the License.
 *
 * This program is distributed in the hope that it will be useful,
 * but WITHOUT ANY WARRANTY; without even the implied warranty of
 * MERCHANTABILITY or FITNESS FOR A PARTICULAR PURPOSE.  See the
 * GNU General Public License for more details.
 *
 * You should have received a copy of the GNU General Public License
 * along with this program.  If not, see <http://www.gnu.org/licenses/>.
 */


module softusb_ram #(
	parameter pmem_width = 11,
	parameter dmem_width = 13
) (
	input sys_clk,
	input sys_rst,

	input usb_clk,
	input usb_rst,

	input [31:0] wb_adr_i,
	output [31:0] wb_dat_o,
	input [31:0] wb_dat_i,
	input [3:0] wb_sel_i,
	input wb_stb_i,
	input wb_cyc_i,
	output reg wb_ack_o,
	input wb_we_i,

	input pmem_ce,
	input [pmem_width-1:0] pmem_a,
	output [15:0] pmem_d,

	input dmem_we,
	input [dmem_width-1:0] dmem_a,
	input [7:0] dmem_di,
	output reg [7:0] dmem_do
);

always @(posedge sys_clk) begin
	if(sys_rst)
		wb_ack_o <= 1'b0;
	else begin
		if(wb_stb_i & wb_cyc_i & ~wb_ack_o)
			wb_ack_o <= 1'b1;
		else
			wb_ack_o <= 1'b0;
	end
end

wire [31:0] wb_dat_o_prog;
softusb_dpram #(
	.depth(pmem_width),
	.width(16),
	.initfile("trx.rom")
) program (
	.clk(sys_clk),
	.clk2(usb_clk),

	.a(wb_adr_i[pmem_width+1:2]),
	.we(wb_stb_i & wb_cyc_i & ~wb_adr_i[17] & wb_we_i & ~wb_ack_o),
	.di(wb_dat_i[15:0]),
	.do(wb_dat_o_prog[15:0]),

	.ce2(pmem_ce),
	.a2(pmem_a),
	.we2(1'b0),
	.di2(16'hxxxx),
	.do2(pmem_d)
);
assign wb_dat_o_prog[31:16] = 16'd0;

wire [7:0] dmem_do0;
wire [7:0] dmem_do1;
wire [7:0] dmem_do2;
wire [7:0] dmem_do3;
wire [31:0] wb_dat_o_data;

softusb_dpram #(
	.depth(dmem_width-2),
	.width(8)
) dataram0 (
	.clk(sys_clk),
	.clk2(usb_clk),

	.a(wb_adr_i[dmem_width-1:2]),
	.we(wb_stb_i & wb_cyc_i & wb_adr_i[17] & wb_we_i & wb_sel_i[0] & ~wb_ack_o),
	.di(wb_dat_i[7:0]),
	.do(wb_dat_o_data[7:0]),

	.ce2(1'b1),
	.a2(dmem_a[dmem_width-1:2]),
	.we2(dmem_we & (dmem_a[1:0] == 2'd3)),
	.di2(dmem_di),
	.do2(dmem_do0)
);

softusb_dpram #(
	.depth(dmem_width-2),
	.width(8)
) dataram1 (
	.clk(sys_clk),
	.clk2(usb_clk),

	.a(wb_adr_i[dmem_width-1:2]),
	.we(wb_stb_i & wb_cyc_i & wb_adr_i[17] & wb_we_i & wb_sel_i[1] & ~wb_ack_o),
	.di(wb_dat_i[15:8]),
	.do(wb_dat_o_data[15:8]),

	.ce2(1'b1),
	.a2(dmem_a[dmem_width-1:2]),
	.we2(dmem_we & (dmem_a[1:0] == 2'd2)),
	.di2(dmem_di),
	.do2(dmem_do1)
);

softusb_dpram #(
	.depth(dmem_width-2),
	.width(8)
) dataram2 (
	.clk(sys_clk),
	.clk2(usb_clk),

	.a(wb_adr_i[dmem_width-1:2]),
	.we(wb_stb_i & wb_cyc_i & wb_adr_i[17] & wb_we_i & wb_sel_i[2] & ~wb_ack_o),
	.di(wb_dat_i[23:16]),
	.do(wb_dat_o_data[23:16]),

	.ce2(1'b1),
	.a2(dmem_a[dmem_width-1:2]),
	.we2(dmem_we & (dmem_a[1:0] == 2'd1)),
	.di2(dmem_di),
	.do2(dmem_do2)
);

softusb_dpram #(
	.depth(dmem_width-2),
	.width(8)
) dataram3 (
	.clk(sys_clk),
	.clk2(usb_clk),

	.a(wb_adr_i[dmem_width-1:2]),
	.we(wb_stb_i & wb_cyc_i & wb_adr_i[17] & wb_we_i & wb_sel_i[3] & ~wb_ack_o),
	.di(wb_dat_i[31:24]),
	.do(wb_dat_o_data[31:24]),

	.ce2(1'b1),
	.a2(dmem_a[dmem_width-1:2]),
	.we2(dmem_we & (dmem_a[1:0] == 2'd0)),
	.di2(dmem_di),
	.do2(dmem_do3)
);

reg [1:0] dmem_a01;
always @(posedge usb_clk) dmem_a01 <= dmem_a[1:0];
always @(*) begin
	case(dmem_a01)
		2'd0: dmem_do = dmem_do3;
		2'd1: dmem_do = dmem_do2;
		2'd2: dmem_do = dmem_do1;
		2'd3: dmem_do = dmem_do0;
	endcase
end

reg datasel;
always @(posedge sys_clk) datasel <= wb_adr_i[17];
assign wb_dat_o = datasel ? wb_dat_o_data : wb_dat_o_prog;

endmodule
/*
 * Milkymist VJ SoC
 * Copyright (C) 2007, 2008, 2009, 2010 Sebastien Bourdeauducq
 *
 * This program is free software: you can redistribute it and/or modify
 * it under the terms of the GNU General Public License as published by
 * the Free Software Foundation, version 3 of the License.
 *
 * This program is distributed in the hope that it will be useful,
 * but WITHOUT ANY WARRANTY; without even the implied warranty of
 * MERCHANTABILITY or FITNESS FOR A PARTICULAR PURPOSE.  See the
 * GNU General Public License for more details.
 *
 * You should have received a copy of the GNU General Public License
 * along with this program.  If not, see <http://www.gnu.org/licenses/>.
 */

module softusb_rx(
	input usb_clk,

	input rxreset,

	input rx,
	input rxp,
	input rxm,

	output reg [7:0] rx_data,
	output reg rx_valid,
	output reg rx_active,

	input low_speed
);

wire rx_corrected = rx ^ low_speed;

/* EOP detection */

/*
 * State diagram taken from
 * "Designing a Robust USB Serial Interface Engine (SIE)"
 * USB-IF Technical White Paper
 */
wire se0 = ~rxp & ~rxm;

reg [2:0] eop_state;
reg [2:0] eop_next_state;
always @(posedge usb_clk) begin
	if(rxreset)
		eop_state <= 3'd0;
	else
		eop_state <= eop_next_state;
end

reg eop_detected;

always @(*) begin
	eop_detected = 1'b0;
	eop_next_state = eop_state;

	case(eop_state)
		3'd0: begin
			if(se0)
				eop_next_state = 3'd1;
			else
				eop_next_state = 3'd0;
		end
		3'd1: begin
			if(se0)
				eop_next_state = 3'd2;
			else
				eop_next_state = 3'd0;
		end
		3'd2: begin
			if(se0)
				eop_next_state = 3'd3;
			else
				eop_next_state = 3'd0;
		end
		3'd3: begin
			if(se0)
				eop_next_state = 3'd3;
			else begin
				if(rx_corrected) begin
					eop_detected = 1'b1;
					eop_next_state = 3'd0;
				end else
					eop_next_state = 3'd4;
			end
		end
		3'd4: begin
			if(rx_corrected)
				eop_detected = 1'b1;
			eop_next_state = 3'd0;
		end
	endcase
end

/* DPLL */
reg rx_r;
always @(posedge usb_clk)
	rx_r <= rx;
wire transition = (rx != rx_r);

reg [4:0] dpll_counter;
reg dpll_ce;
always @(posedge usb_clk) begin
	if(rxreset) begin
		dpll_counter <= 5'd0;
		dpll_ce <= 1'b0;
	end else begin
		if(transition)
			dpll_counter <= 5'd0;
		else
			dpll_counter <= dpll_counter + 5'd1;
		dpll_ce <= low_speed ? (dpll_counter == 5'd13) : (transition|(dpll_counter[1:0] == 2'd3));
	end
end

/* Serial->Parallel converter */

reg [2:0] bitcount;
reg [2:0] onecount;
reg lastrx;
reg startrx;
always @(posedge usb_clk) begin
	if(rxreset) begin
		rx_active = 1'b0;
		rx_valid = 1'b0;
	end else begin
		rx_valid = 1'b0;
		if(eop_detected)
			rx_active = 1'b0;
		else if(dpll_ce) begin
			if(rx_active) begin
				if(onecount == 3'd6) begin
					/* skip stuffed bits */
					onecount = 3'd0;
					if((lastrx & rx_corrected)|(~lastrx & ~rx_corrected))
						/* no transition? bitstuff error */
						rx_active = 1'b0;
					lastrx = ~lastrx;
				end else begin
					if(rx_corrected) begin
						rx_data = {lastrx, rx_data[7:1]};
						if(lastrx)
							onecount = onecount + 3'd1;
						else
							onecount = 3'd0;
						lastrx = 1'b1;
					end else begin
						rx_data = {~lastrx, rx_data[7:1]};
						if(~lastrx)
							onecount = onecount + 3'd1;
						else
							onecount = 3'd0;
						lastrx = 1'b0;
					end
					rx_valid = bitcount == 3'd7;
					bitcount = bitcount + 3'd1;
				end
			end else if(startrx) begin
				rx_active = 1'b1;
				bitcount = 3'd0;
				onecount = 3'd1;
				lastrx = 1'b0;
			end
		end
	end
end

/* Find sync pattern */

parameter FS_IDLE	= 4'h0;
parameter K1		= 4'h1;
parameter J1		= 4'h2;
parameter K2		= 4'h3;
parameter J2		= 4'h4;
parameter K3		= 4'h5;
parameter J3		= 4'h6;
parameter K4		= 4'h7;
parameter K5		= 4'h8;

reg [3:0] fs_state;
reg [3:0] fs_next_state;

reg [5:0] fs_timeout_counter;
reg fs_timeout;
always @(posedge usb_clk) begin
	if(rxreset|eop_detected) begin
		fs_timeout_counter <= 6'd0;
		fs_timeout <= 1'b0;
	end else begin
		if((fs_state != fs_next_state) | (fs_state == FS_IDLE))
			fs_timeout_counter <= 6'd0;
		else
			fs_timeout_counter <= fs_timeout_counter + 6'd1;
		if(low_speed)
			fs_timeout <= fs_timeout_counter == 6'd63;
		else
			fs_timeout <= fs_timeout_counter == 6'd7;
	end
end

always @(posedge usb_clk) begin
	if(rxreset|eop_detected|fs_timeout)
		fs_state <= FS_IDLE;
	else
		fs_state <= fs_next_state;
end

always @(*) begin
	startrx = 1'b0;
	fs_next_state = fs_state;

	case(fs_state)
		FS_IDLE: if(~rx_corrected & ~rx_active)
			fs_next_state = K1;
		K1: if(rx_corrected)
			fs_next_state = J1;
		J1: if(~rx_corrected)
			fs_next_state = K2;
		K2: if(rx_corrected)
			fs_next_state = J2;
		J2: if(~rx_corrected)
			fs_next_state = K3;
		K3: if(rx_corrected)
			fs_next_state = J3;
		J3: if(~rx_corrected)
			fs_next_state = K4;
		K4: if(dpll_ce) begin
			if(~rx_corrected)
				fs_next_state = K5;
			else
				fs_next_state = FS_IDLE;
		end
		K5: if(dpll_ce) begin
			if(~rx_corrected)
				startrx = 1'b1;
			fs_next_state = FS_IDLE;
		end
	endcase
end

endmodule
/*
 * Milkymist VJ SoC
 * Copyright (C) 2007, 2008, 2009, 2010 Sebastien Bourdeauducq
 *
 * This program is free software: you can redistribute it and/or modify
 * it under the terms of the GNU General Public License as published by
 * the Free Software Foundation, version 3 of the License.
 *
 * This program is distributed in the hope that it will be useful,
 * but WITHOUT ANY WARRANTY; without even the implied warranty of
 * MERCHANTABILITY or FITNESS FOR A PARTICULAR PURPOSE.  See the
 * GNU General Public License for more details.
 *
 * You should have received a copy of the GNU General Public License
 * along with this program.  If not, see <http://www.gnu.org/licenses/>.
 */

module softusb_sie(
	input usb_clk,
	input usb_rst,

	input io_re,
	input io_we,
	input [5:0] io_a,
	input [7:0] io_di,
	output reg [7:0] io_do,

	output usba_spd,
	output usba_oe_n,
	input usba_rcv,
	inout usba_vp,
	inout usba_vm,

	output usbb_spd,
	output usbb_oe_n,
	input usbb_rcv,
	inout usbb_vp,
	inout usbb_vm
);

wire [1:0] line_state_a;
wire [1:0] line_state_b;

wire discon_a;
wire discon_b;

reg port_sel_rx;
reg [1:0] port_sel_tx;

reg [7:0] tx_data;
reg tx_valid;
wire tx_ready;
reg tx_pending;

reg [1:0] generate_reset;

wire [7:0] rx_data;
wire rx_valid;
wire rx_active;
wire tx_busy;

reg [7:0] data_in;
reg rx_pending;

reg tx_low_speed;
reg [1:0] low_speed;
reg generate_eop;

always @(posedge usb_clk) begin
	if(usb_rst) begin
		port_sel_rx <= 1'b0;
		port_sel_tx <= 2'b00;
		tx_valid <= 1'b0;
		tx_pending <= 1'b0;
		generate_reset <= 2'd0;
		rx_pending <= 1'b0;
		tx_low_speed <= 1'b0;
		low_speed <= 2'b00;
		generate_eop <= 1'b0;
		io_do <= 8'd0;
	end else begin
		io_do <= 8'd0;
		generate_eop <= 1'b0;
		case(io_a)
			6'h00: io_do <= line_state_a;
			6'h01: io_do <= line_state_b;
			6'h02: io_do <= discon_a;
			6'h03: io_do <= discon_b;

			6'h04: io_do <= port_sel_rx;
			6'h05: io_do <= port_sel_tx;

			6'h06: io_do <= tx_data;
			6'h07: io_do <= tx_pending;
			6'h08: io_do <= tx_valid;
			6'h09: io_do <= tx_busy;
			6'h0a: io_do <= generate_reset;

			6'h0b: begin
				io_do <= data_in;
				if(io_re)
					rx_pending <= 1'b0;
			end
			6'h0c: io_do <= rx_pending;
			6'h0d: io_do <= rx_active;
			
			6'h0e: io_do <= tx_low_speed;
			6'h0f: io_do <= low_speed;
			6'h10: io_do <= 8'hxx;
		endcase
		if(io_we) begin
			$display("USB SIE W: a=%x dat=%x", io_a, io_di);
			case(io_a)
				6'h04: port_sel_rx <= io_di[0];
				6'h05: port_sel_tx <= io_di[1:0];
				6'h06: begin
					tx_valid <= 1'b1;
					tx_data <= io_di;
					tx_pending <= 1'b1;
				end
				6'h08: tx_valid <= 1'b0;
				6'h0a: generate_reset <= io_di[1:0];
				6'h0e: tx_low_speed <= io_di[0];
				6'h0f: low_speed <= io_di[1:0];
				6'h10: generate_eop <= 1'b1;
			endcase
		end
		if(tx_ready)
			tx_pending <= 1'b0;
		if(rx_valid) begin
			data_in <= rx_data;
			rx_pending <= 1'b1;
		end

		if(io_re) // must be at the end because of the delay!
			#1 $display("USB SIE R: a=%x dat=%x", io_a, io_do);
	end
end

softusb_phy phy(
	.usb_clk(usb_clk),
	.usb_rst(usb_rst),

	.usba_spd(usba_spd),
	.usba_oe_n(usba_oe_n),
	.usba_rcv(usba_rcv),
	.usba_vp(usba_vp),
	.usba_vm(usba_vm),

	.usbb_spd(usbb_spd),
	.usbb_oe_n(usbb_oe_n),
	.usbb_rcv(usbb_rcv),
	.usbb_vp(usbb_vp),
	.usbb_vm(usbb_vm),

	.usba_discon(discon_a),
	.usbb_discon(discon_b),

	.line_state_a(line_state_a),
	.line_state_b(line_state_b),

	.port_sel_rx(port_sel_rx),
	.port_sel_tx(port_sel_tx),

	.tx_data(tx_data),
	.tx_valid(tx_valid),
	.tx_ready(tx_ready),
	.tx_busy(tx_busy),

	.generate_reset(generate_reset),
	
	.rx_data(rx_data),
	.rx_valid(rx_valid),
	.rx_active(rx_active),

	.tx_low_speed(tx_low_speed),
	.low_speed(low_speed),
	.generate_eop(generate_eop)
);

endmodule
/*
 * Milkymist VJ SoC
 * Copyright (C) 2007, 2008, 2009, 2010 Sebastien Bourdeauducq
 *
 * This program is free software: you can redistribute it and/or modify
 * it under the terms of the GNU General Public License as published by
 * the Free Software Foundation, version 3 of the License.
 *
 * This program is distributed in the hope that it will be useful,
 * but WITHOUT ANY WARRANTY; without even the implied warranty of
 * MERCHANTABILITY or FITNESS FOR A PARTICULAR PURPOSE.  See the
 * GNU General Public License for more details.
 *
 * You should have received a copy of the GNU General Public License
 * along with this program.  If not, see <http://www.gnu.org/licenses/>.
 */

module softusb_timer(
	input usb_clk,
	input usb_rst,

	input io_we,
	input [5:0] io_a,
	output reg [7:0] io_do
);

reg [31:0] counter;

always @(posedge usb_clk) begin
	if(usb_rst) begin
		counter <= 32'd0;
		io_do <= 32'd0;
	end else begin
		io_do <= 32'd0;
		case(io_a)
			6'h11: io_do <= counter[7:0];
			6'h12: io_do <= counter[15:8];
			6'h13: io_do <= counter[23:16];
			6'h14: io_do <= counter[31:24];
		endcase
		if(io_we & ((io_a == 6'h11)|(io_a == 6'h12)|(io_a == 6'h13)|(io_a == 6'h14)))
			counter <= 32'd0;
		else
			counter <= counter + 32'd1;
	end
end

endmodule
/*
 * Milkymist VJ SoC
 * Copyright (C) 2007, 2008, 2009, 2010 Sebastien Bourdeauducq
 *
 * This program is free software: you can redistribute it and/or modify
 * it under the terms of the GNU General Public License as published by
 * the Free Software Foundation, version 3 of the License.
 *
 * This program is distributed in the hope that it will be useful,
 * but WITHOUT ANY WARRANTY; without even the implied warranty of
 * MERCHANTABILITY or FITNESS FOR A PARTICULAR PURPOSE.  See the
 * GNU General Public License for more details.
 *
 * You should have received a copy of the GNU General Public License
 * along with this program.  If not, see <http://www.gnu.org/licenses/>.
 */

module softusb_tx(
	input usb_clk,
	input usb_rst,

	input [7:0] tx_data,
	input tx_valid,
	output reg tx_ready,

	output reg txp,
	output reg txm,
	output reg txoe,

	input low_speed,
	input generate_eop
);

/* Register outputs */
reg txp_r;
reg txm_r;
reg txoe_r;
always @(posedge usb_clk) begin
	txp <= txp_r;
	txm <= txm_r;
	txoe <= txoe_r;
end

/* Clock 'divider' */
reg gce; /* global clock enable */
reg [4:0] gce_counter;
always @(posedge usb_clk) begin
	if(usb_rst) begin
		gce <= 1'b0;
		gce_counter <= 5'd0;
	end else begin
		gce <= low_speed ? (gce_counter == 5'd31) : (gce_counter[1:0] == 2'd3);
		gce_counter <= gce_counter + 5'd1;
	end
end

/* Shift register w/bit stuffing */
reg sr_rst;
reg sr_load;
reg sr_done;
reg sr_out;
reg [2:0] bitcount;
reg [2:0] onecount;
reg [6:0] sr;
always @(posedge usb_clk) begin
	if(sr_rst) begin
		sr_done <= 1'b1;
		onecount <= 3'd0;
	end else if(gce) begin
		if(sr_load) begin
			sr_done <= 1'b0;
			sr_out <= tx_data[0];
			bitcount <= 3'd0;
			if(tx_data[0])
				onecount = onecount + 3'd1;
			else
				onecount = 3'd0;
			sr <= tx_data[7:1];
		end else if(~sr_done) begin
			if(onecount == 3'd6) begin
				onecount <= 3'd0;
				sr_out <= 1'b0;
				if(bitcount == 3'd7)
					sr_done <= 1'b1;
			end else begin
				sr_out <= sr[0];
				if(sr[0])
					onecount <= onecount + 3'd1;
				else
					onecount <= 3'd0;
				bitcount <= bitcount + 3'd1;
				if((bitcount == 3'd6) & (~sr[0] | (onecount != 3'd5)))
					sr_done <= 1'b1;
				sr <= {1'b0, sr[6:1]};
			end
		end
	end
end

/* Output generation */
reg txoe_ctl;
reg generate_se0;
reg generate_j;

always @(posedge usb_clk) begin
	if(usb_rst) begin
		txoe_r <= 1'b0;
		txp_r <= ~low_speed;
		txm_r <= low_speed;
	end else if(gce) begin
		if(~txoe_ctl) begin
			txp_r <= ~low_speed; /* return to J */
			txm_r <= low_speed;
		end else begin
			case({generate_se0, generate_j})
				2'b00: begin
					if(~sr_out) begin
						txp_r <= ~txp_r;
						txm_r <= ~txm_r;
					end
				end
				2'b10: begin
					txp_r <= 1'b0;
					txm_r <= 1'b0;
				end
				2'b01: begin
					txp_r <= ~low_speed;
					txm_r <= low_speed;
				end
				default: begin
					txp_r <= 1'bx;
					txm_r <= 1'bx;
				end
			endcase
		end
		txoe_r <= txoe_ctl;
	end
end

/* Sequencer */

parameter IDLE		= 3'd0;
parameter DATA		= 3'd1;
parameter EOP1		= 3'd2;
parameter EOP2		= 3'd3;
parameter J		= 3'd4;
parameter GEOP1		= 3'd5;
parameter GEOP2		= 3'd6;
parameter GJ		= 3'd7;

reg [2:0] state;
reg [2:0] next_state;

always @(posedge usb_clk) begin
	if(usb_rst)
		state <= IDLE;
	else if(gce)
		state <= next_state;
end

reg tx_ready0;
always @(posedge usb_clk)
	tx_ready <= tx_ready0 & gce;

reg tx_valid_r;
reg transmission_continue;
reg transmission_end_ack;
always @(posedge usb_clk) begin
	if(usb_rst) begin
		tx_valid_r <= 1'b0;
		transmission_continue <= 1'b1;
	end else begin
		tx_valid_r <= tx_valid;
		if(tx_valid_r & ~tx_valid)
			transmission_continue <= 1'b0;
		if(transmission_end_ack)
			transmission_continue <= 1'b1;
	end
end

reg generate_eop_pending;
reg generate_eop_clear;
always @(posedge usb_clk) begin
	if(usb_rst)
		generate_eop_pending <= 1'b0;
	else begin
		if(generate_eop)
			generate_eop_pending <= 1'b1;
		if(generate_eop_clear)
			generate_eop_pending <= 1'b0;
	end
end

always @(*) begin
	txoe_ctl = 1'b0;
	sr_rst = 1'b0;
	sr_load = 1'b0;
	generate_se0 = 1'b0;
	generate_j = 1'b0;
	tx_ready0 = 1'b0;
	transmission_end_ack = 1'b0;
	generate_eop_clear = 1'b0;

	next_state = state;

	case(state)
		IDLE: begin
			txoe_ctl = 1'b0;
			if(generate_eop_pending)
				next_state = GEOP1;
			else begin
				if(tx_valid) begin
					sr_load = 1'b1;
					next_state = DATA;
				end else
					sr_rst = 1'b1;
				tx_ready0 = 1'b1;
			end
		end
		DATA: begin
			txoe_ctl = 1'b1;
			if(sr_done) begin
				if(transmission_continue) begin
					sr_load = 1'b1;
					tx_ready0 = 1'b1;
				end else
					next_state = EOP1;
			end
		end
		EOP1: begin
			transmission_end_ack = 1'b1;
			sr_rst = 1'b1;
			txoe_ctl = 1'b1;
			generate_se0 = 1'b1;
			next_state = EOP2;
		end
		EOP2: begin
			sr_rst = 1'b1;
			txoe_ctl = 1'b1;
			generate_se0 = 1'b1;
			next_state = J;
		end
		J: begin
			sr_rst = 1'b1;
			txoe_ctl = 1'b1;
			generate_j = 1'b1;
			next_state = IDLE;
		end
		GEOP1: begin
			sr_rst = 1'b1;
			txoe_ctl = 1'b1;
			generate_se0 = 1'b1;
			next_state = GEOP2;
		end
		GEOP2: begin
			sr_rst = 1'b1;
			txoe_ctl = 1'b1;
			generate_se0 = 1'b1;
			next_state = GJ;
		end
		GJ: begin
			generate_eop_clear = 1'b1;
			sr_rst = 1'b1;
			txoe_ctl = 1'b1;
			generate_j = 1'b1;
			next_state = IDLE;
		end
	endcase
end

endmodule
/*
 * Milkymist VJ SoC
 * Copyright (C) 2007, 2008, 2009, 2010 Sebastien Bourdeauducq
 *
 * This program is free software: you can redistribute it and/or modify
 * it under the terms of the GNU General Public License as published by
 * the Free Software Foundation, version 3 of the License.
 *
 * This program is distributed in the hope that it will be useful,
 * but WITHOUT ANY WARRANTY; without even the implied warranty of
 * MERCHANTABILITY or FITNESS FOR A PARTICULAR PURPOSE.  See the
 * GNU General Public License for more details.
 *
 * You should have received a copy of the GNU General Public License
 * along with this program.  If not, see <http://www.gnu.org/licenses/>.
 */

module softusb #(
	parameter csr_addr = 4'h0,
	parameter pmem_width = 11,
	parameter dmem_width = 13
) (
	input sys_clk,
	input sys_rst,

	input usb_clk,

	/* CSR interface */
	input [13:0] csr_a,
	input csr_we,
	input [31:0] csr_di,
	output [31:0] csr_do,

	output irq,

	/* WISHBONE to access RAM */
	input [31:0] wb_adr_i,
	output [31:0] wb_dat_o,
	input [31:0] wb_dat_i,
	input [3:0] wb_sel_i,
	input wb_stb_i,
	input wb_cyc_i,
	output wb_ack_o,
	input wb_we_i,

	/* USB port A */
	output usba_spd,
	output usba_oe_n,
	input usba_rcv,
	inout usba_vp,
	inout usba_vm,

	/* USB port B */
	output usbb_spd,
	output usbb_oe_n,
	input usbb_rcv,
	inout usbb_vp,
	inout usbb_vm
);

wire usb_rst;

wire io_re;
wire io_we;
wire [5:0] io_a;
wire [7:0] io_dw;
wire [7:0] io_dr_timer, io_dr_sie;

softusb_timer timer(
	.usb_clk(usb_clk),
	.usb_rst(usb_rst),

	.io_we(io_we),
	.io_a(io_a),
	.io_do(io_dr_timer)
);

softusb_hostif #(
	.csr_addr(csr_addr)
) hostif (
	.sys_clk(sys_clk),
	.sys_rst(sys_rst),

	.usb_clk(usb_clk),
	.usb_rst(usb_rst),

	.csr_a(csr_a),
	.csr_we(csr_we),
	.csr_di(csr_di),
	.csr_do(csr_do),

	.irq(irq),

	.io_we(io_we),
	.io_a(io_a)
);

softusb_sie sie(
	.usb_clk(usb_clk),
	.usb_rst(usb_rst),

	.io_re(io_re),
	.io_we(io_we),
	.io_a(io_a),
	.io_di(io_dw),
	.io_do(io_dr_sie),

	.usba_spd(usba_spd),
	.usba_oe_n(usba_oe_n),
	.usba_rcv(usba_rcv),
	.usba_vp(usba_vp),
	.usba_vm(usba_vm),

	.usbb_spd(usbb_spd),
	.usbb_oe_n(usbb_oe_n),
	.usbb_rcv(usbb_rcv),
	.usbb_vp(usbb_vp),
	.usbb_vm(usbb_vm)
);

wire pmem_ce;
wire [pmem_width-1:0] pmem_a;
wire [15:0] pmem_d;

wire dmem_we;
wire [dmem_width-1:0] dmem_a;
wire [7:0] dmem_dr;
wire [7:0] dmem_dw;

softusb_ram #(
	.pmem_width(pmem_width),
	.dmem_width(dmem_width)
) ram (
	.sys_clk(sys_clk),
	.sys_rst(sys_rst),

	.usb_clk(usb_clk),
	.usb_rst(usb_rst),

	.wb_adr_i(wb_adr_i),
	.wb_dat_o(wb_dat_o),
	.wb_dat_i(wb_dat_i),
	.wb_sel_i(wb_sel_i),
	.wb_stb_i(wb_stb_i),
	.wb_cyc_i(wb_cyc_i),
	.wb_ack_o(wb_ack_o),
	.wb_we_i(wb_we_i),

	.pmem_ce(pmem_ce),
	.pmem_a(pmem_a),
	.pmem_d(pmem_d),

	.dmem_we(dmem_we),
	.dmem_a(dmem_a),
	.dmem_di(dmem_dw),
	.dmem_do(dmem_dr)
);

softusb_navre #(
	.pmem_width(pmem_width),
	.dmem_width(dmem_width)
) navre (
	.clk(usb_clk),
	.rst(usb_rst),

	.pmem_ce(pmem_ce),
	.pmem_a(pmem_a),
	.pmem_d(pmem_d),

	.dmem_we(dmem_we),
	.dmem_a(dmem_a),
	.dmem_di(dmem_dr),
	.dmem_do(dmem_dw),

	.io_re(io_re),
	.io_we(io_we),
	.io_a(io_a),
	.io_do(io_dw),
	.io_di(io_dr_sie|io_dr_timer)
);

endmodule